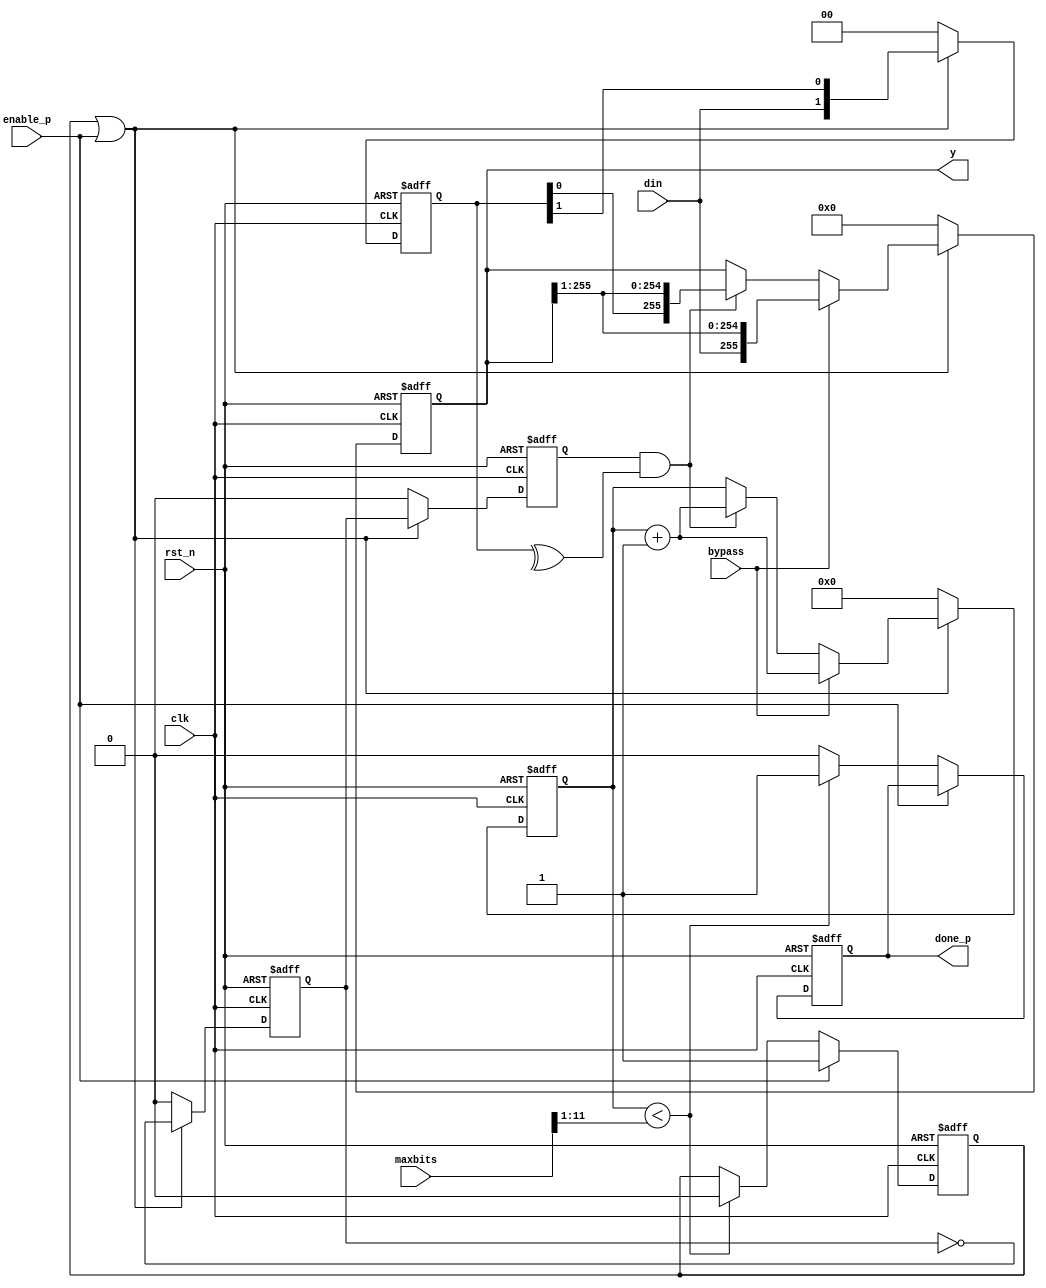
//Von Neumann corrector
module vn_corrector #(
  parameter NBITS = 256)(
  input  wire               clk,
  input  wire               rst_n,
  input  wire               bypass,
  input  wire               enable_p,
  input  wire               din,
  input  wire [11:0]        maxbits,
  output reg                done_p,
  output reg [NBITS-1 :0]   y
);


reg        enable;
reg        sample_sp;
reg        sample_sp_d;
reg [1:0]  shftd_pair;
reg [11:0] cnt;
wire[11:0] maxbits_div2;

wire       enable_loc;

assign maxbits_div2 = {1'b0, maxbits[11:1]};

assign enable_loc = enable | enable_p;

always @ (posedge clk or negedge rst_n) begin
  if (rst_n == 1'b0) begin
    enable <= 1'b0;
    done_p <= 1'b0;
  end
  else begin
    if (enable_p == 1'b1) begin
      enable <=  1'b1;
    end
    else if (cnt < maxbits_div2) begin
      enable <= 1'b0;
      done_p <= 1'b1;
    end
    else begin
      done_p <= 1'b0;
    end
  end
end


always @ (posedge clk or negedge rst_n) begin
  if (rst_n == 1'b0) begin
    shftd_pair <= 2'b0;
  end
  else begin
    if (enable_loc == 1'b1) begin
      shftd_pair <= {din, shftd_pair[1]};
    end
    else begin
      shftd_pair <= 2'b0;
    end
  end
end

always @ (posedge clk or negedge rst_n) begin
  if (rst_n == 1'b0) begin
    sample_sp   <= 1'b0;
    sample_sp_d <= 1'b0;
  end
  else begin
    if (enable_loc == 1'b1) begin
      sample_sp   <= ~sample_sp;
      sample_sp_d <=  sample_sp;
    end
    else begin
      sample_sp   <= 1'b0;
      sample_sp_d <= 1'b0;
    end
  end
end



always @ (posedge clk or negedge rst_n) begin
  if (rst_n == 1'b0) begin
    cnt   <= 11'b0;
    y     <= {NBITS{1'b0}};
  end
  else begin
    if (enable_loc == 1'b1) begin
      if (bypass == 1'b1) begin
        cnt <= cnt + 1'b1;
        y   <= {din, y[NBITS-1 :1]};
      end
      else if ((sample_sp_d == 1'b1) && (^shftd_pair == 1'b1)) begin
        cnt <= cnt + 1'b1;
        y   <= {shftd_pair[0], y[NBITS-1 :1]};
      end
    end
    else begin
      cnt   <= 11'b0;
      y     <= {NBITS{1'b0}};
    end
  end
end

endmodule